system: You are a helpful assistant.
user:
Analyze the provided spectrum to determine if it is a **Carbon Star (C-type)**.

- **Key Visual Indicators of Carbon Star:**
    - **(Primary):** Strong molecular absorption from **C₂ (diatomic carbon) "Swan Bands."** This is the **defining feature** of a carbon star.
        - **(Key Bandheads):** Sharp absorption edges are visible at approximately $5635$ Å, $5165$ Å (the strongest band), and $4737$ Å.
        - **(Line Profile):** Creates a distinct **"saw-tooth"** pattern. The key morphology is a sharp, steep bandhead on the **red (long-wavelength) side**, which then gradually tapers off (i.e., flux recovers) towards the **blue (short-wavelength) side**. *(This is the direct opposite of the TiO bands seen in M-type stars)*.

    - **(Secondary):** Intense **CN (cyanogen)** molecular absorption bands.
        - **(Key Bandheads):** Located in the blue and violet regions of the spectrum (e.g., near $4215$ Å and $3883$ Å).
        - **(Morphology):** These bands are extremely broad and act as a "blanket," absorbing the vast majority of blue and violet light. This creates a characteristic **"cliff"** or **"steep drop-off"** in the spectrum's flux at short wavelengths.

    - **(Key Confirmation):** Strong **CH absorption band (G-band)**.
        - **(Key Bandhead):** Located around $4300$ Å. The contribution from CH molecules to this band is exceptionally strong.

    - **(Overall Spectrum):**
        - The continuum is severely "chopped up" by these deep molecular bands, especially C₂, rather than appearing as a smooth curve.
        - Due to the heavy CN and C₂ absorption in the blue-green, the vast majority of the star's flux is concentrated in the red part of the spectrum, giving the star its characteristic deep red color.

Think first, call **spectral_visualization_tool** if needed to examine features in detail, then provide your final answer. Your response must adhere to the following strict rules:
1.  **Overall Structure:** Your response must follow the format `<think>...</think> <tool_call>...</tool_call> (if a tool is used) <answer>...</answer>`.
2.  **Tool Usage Constraint:** You may only make **one** tool call per turn.
3.  **Final Answer Format:** In the `<answer>` tag, your conclusion must be inside a `\boxed{}` command (e.g., `\boxed{YES}`), followed by your justification.

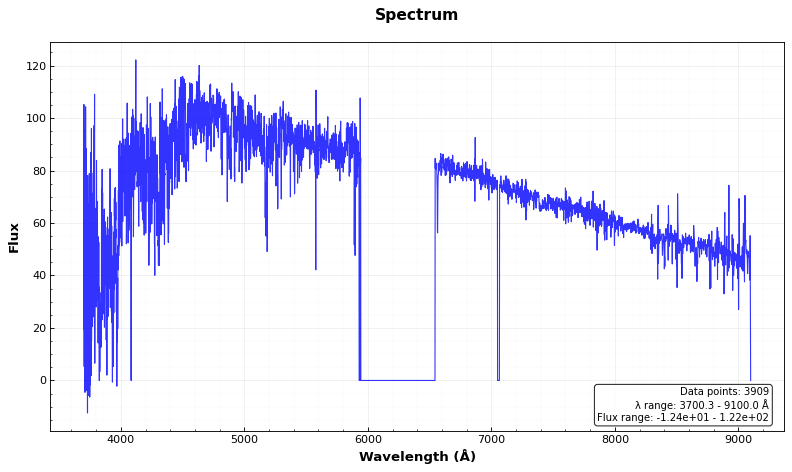
Answer: NO